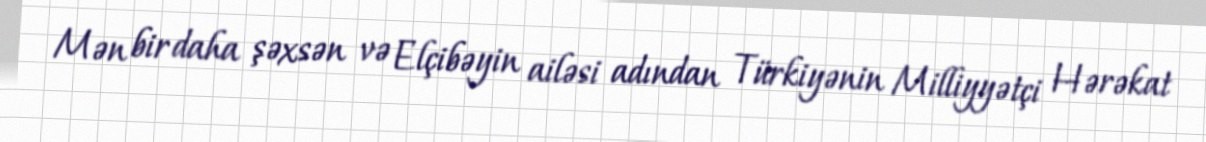
Mən bir daha şəxsən və Elçibəyin ailəsi adından Türkiyənin Milliyyətçi Hərəkat